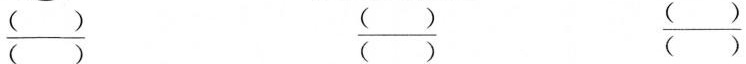
\frac{( )}{( )} \frac{( )}{( )} \frac{( )}{( )}